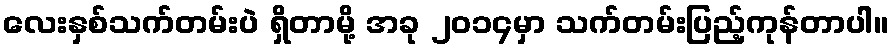
လေးနှစ်သက်တမ်းပဲ ရှိတာမို့ အခု ၂၀၁၄မှာ သက်တမ်းပြည့်ကုန်တာပါ။